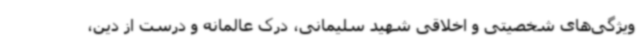
ویژگی‌های شخصیتی و اخلاقی شهید سلیمانی، درک عالمانه و درست از دین،